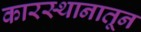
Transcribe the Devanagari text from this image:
कारस्थानातून